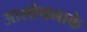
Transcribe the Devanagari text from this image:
आलोचनाके